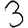
Digit: 3